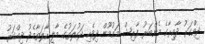
ދިއްގަރު ދާއިރާގެ މެންބަރު ފާރިޝް މައުމޫން ދިވެހި ދައުލަތުގެ މާލީ ހާލަތާމެދު ދިއްގަރު